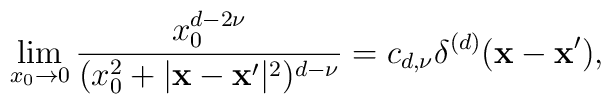
\lim_{x_0\to 0} {x_0^{d-2\nu} \over (x_0^2 + |{\bf x}-{\bf x}'|^2)^{d-\nu} }=c_{d,\nu}\delta^{(d)}({\bf x}-{\bf x}'),